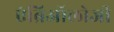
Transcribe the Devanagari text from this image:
एंब्रिऑलोजी